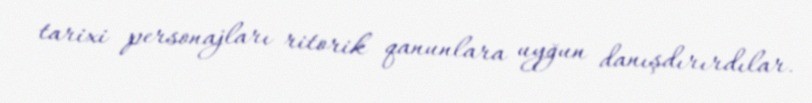
tarixi personajları ritorik qanunlara uyğun danışdırırdılar.